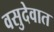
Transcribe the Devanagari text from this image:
वसुदेवात